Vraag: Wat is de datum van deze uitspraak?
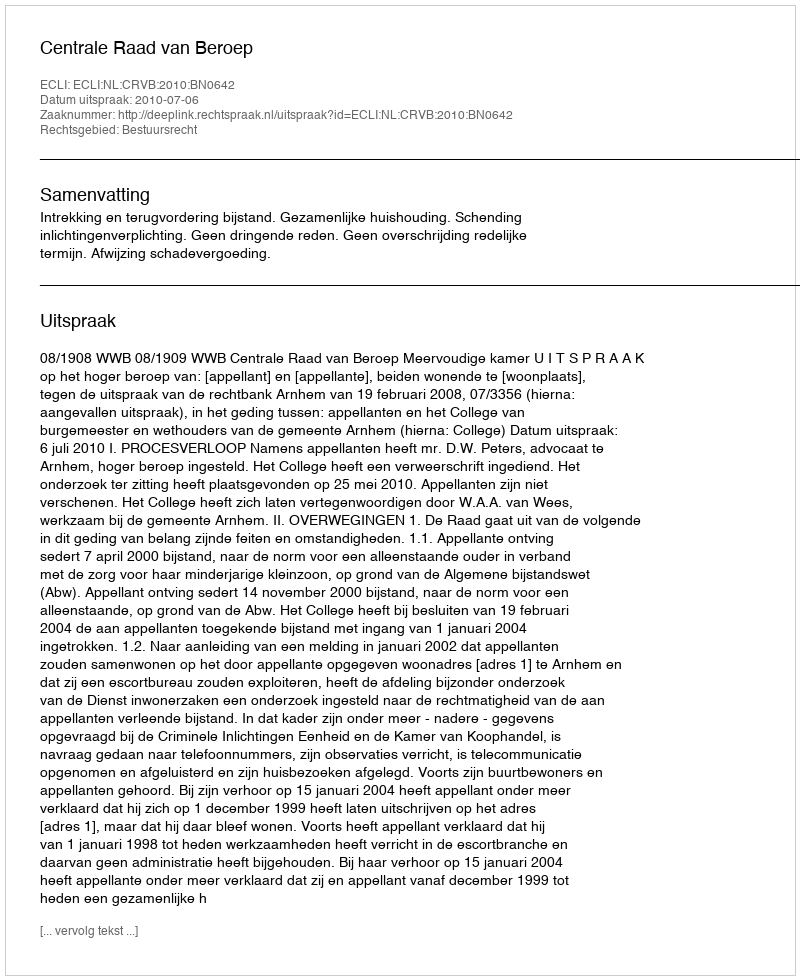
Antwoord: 2010-07-06